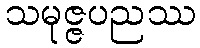
သမုဇ္ဇပညဿ